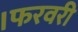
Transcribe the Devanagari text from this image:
।फरवरी